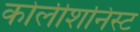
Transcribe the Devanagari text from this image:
कोलीशनिस्ट